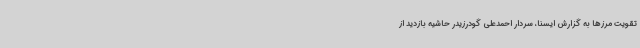
تقویت مرزها به گزارش ایسنا، سردار احمدعلی گودرزیدر حاشیه بازدید از